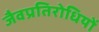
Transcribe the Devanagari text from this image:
जैवप्रतिरोधियों